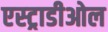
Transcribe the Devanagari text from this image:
एस्ट्राडीओल